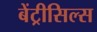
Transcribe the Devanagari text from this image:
बेंट्रीसिल्स